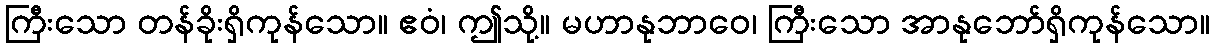
ကြီးသော တန်ခိုးရှိကုန်သော။ ဧဝံ၊ ဤသို့။ မဟာနုဘာဝေ၊ ကြီးသော အာနုဘော်ရှိကုန်သော။